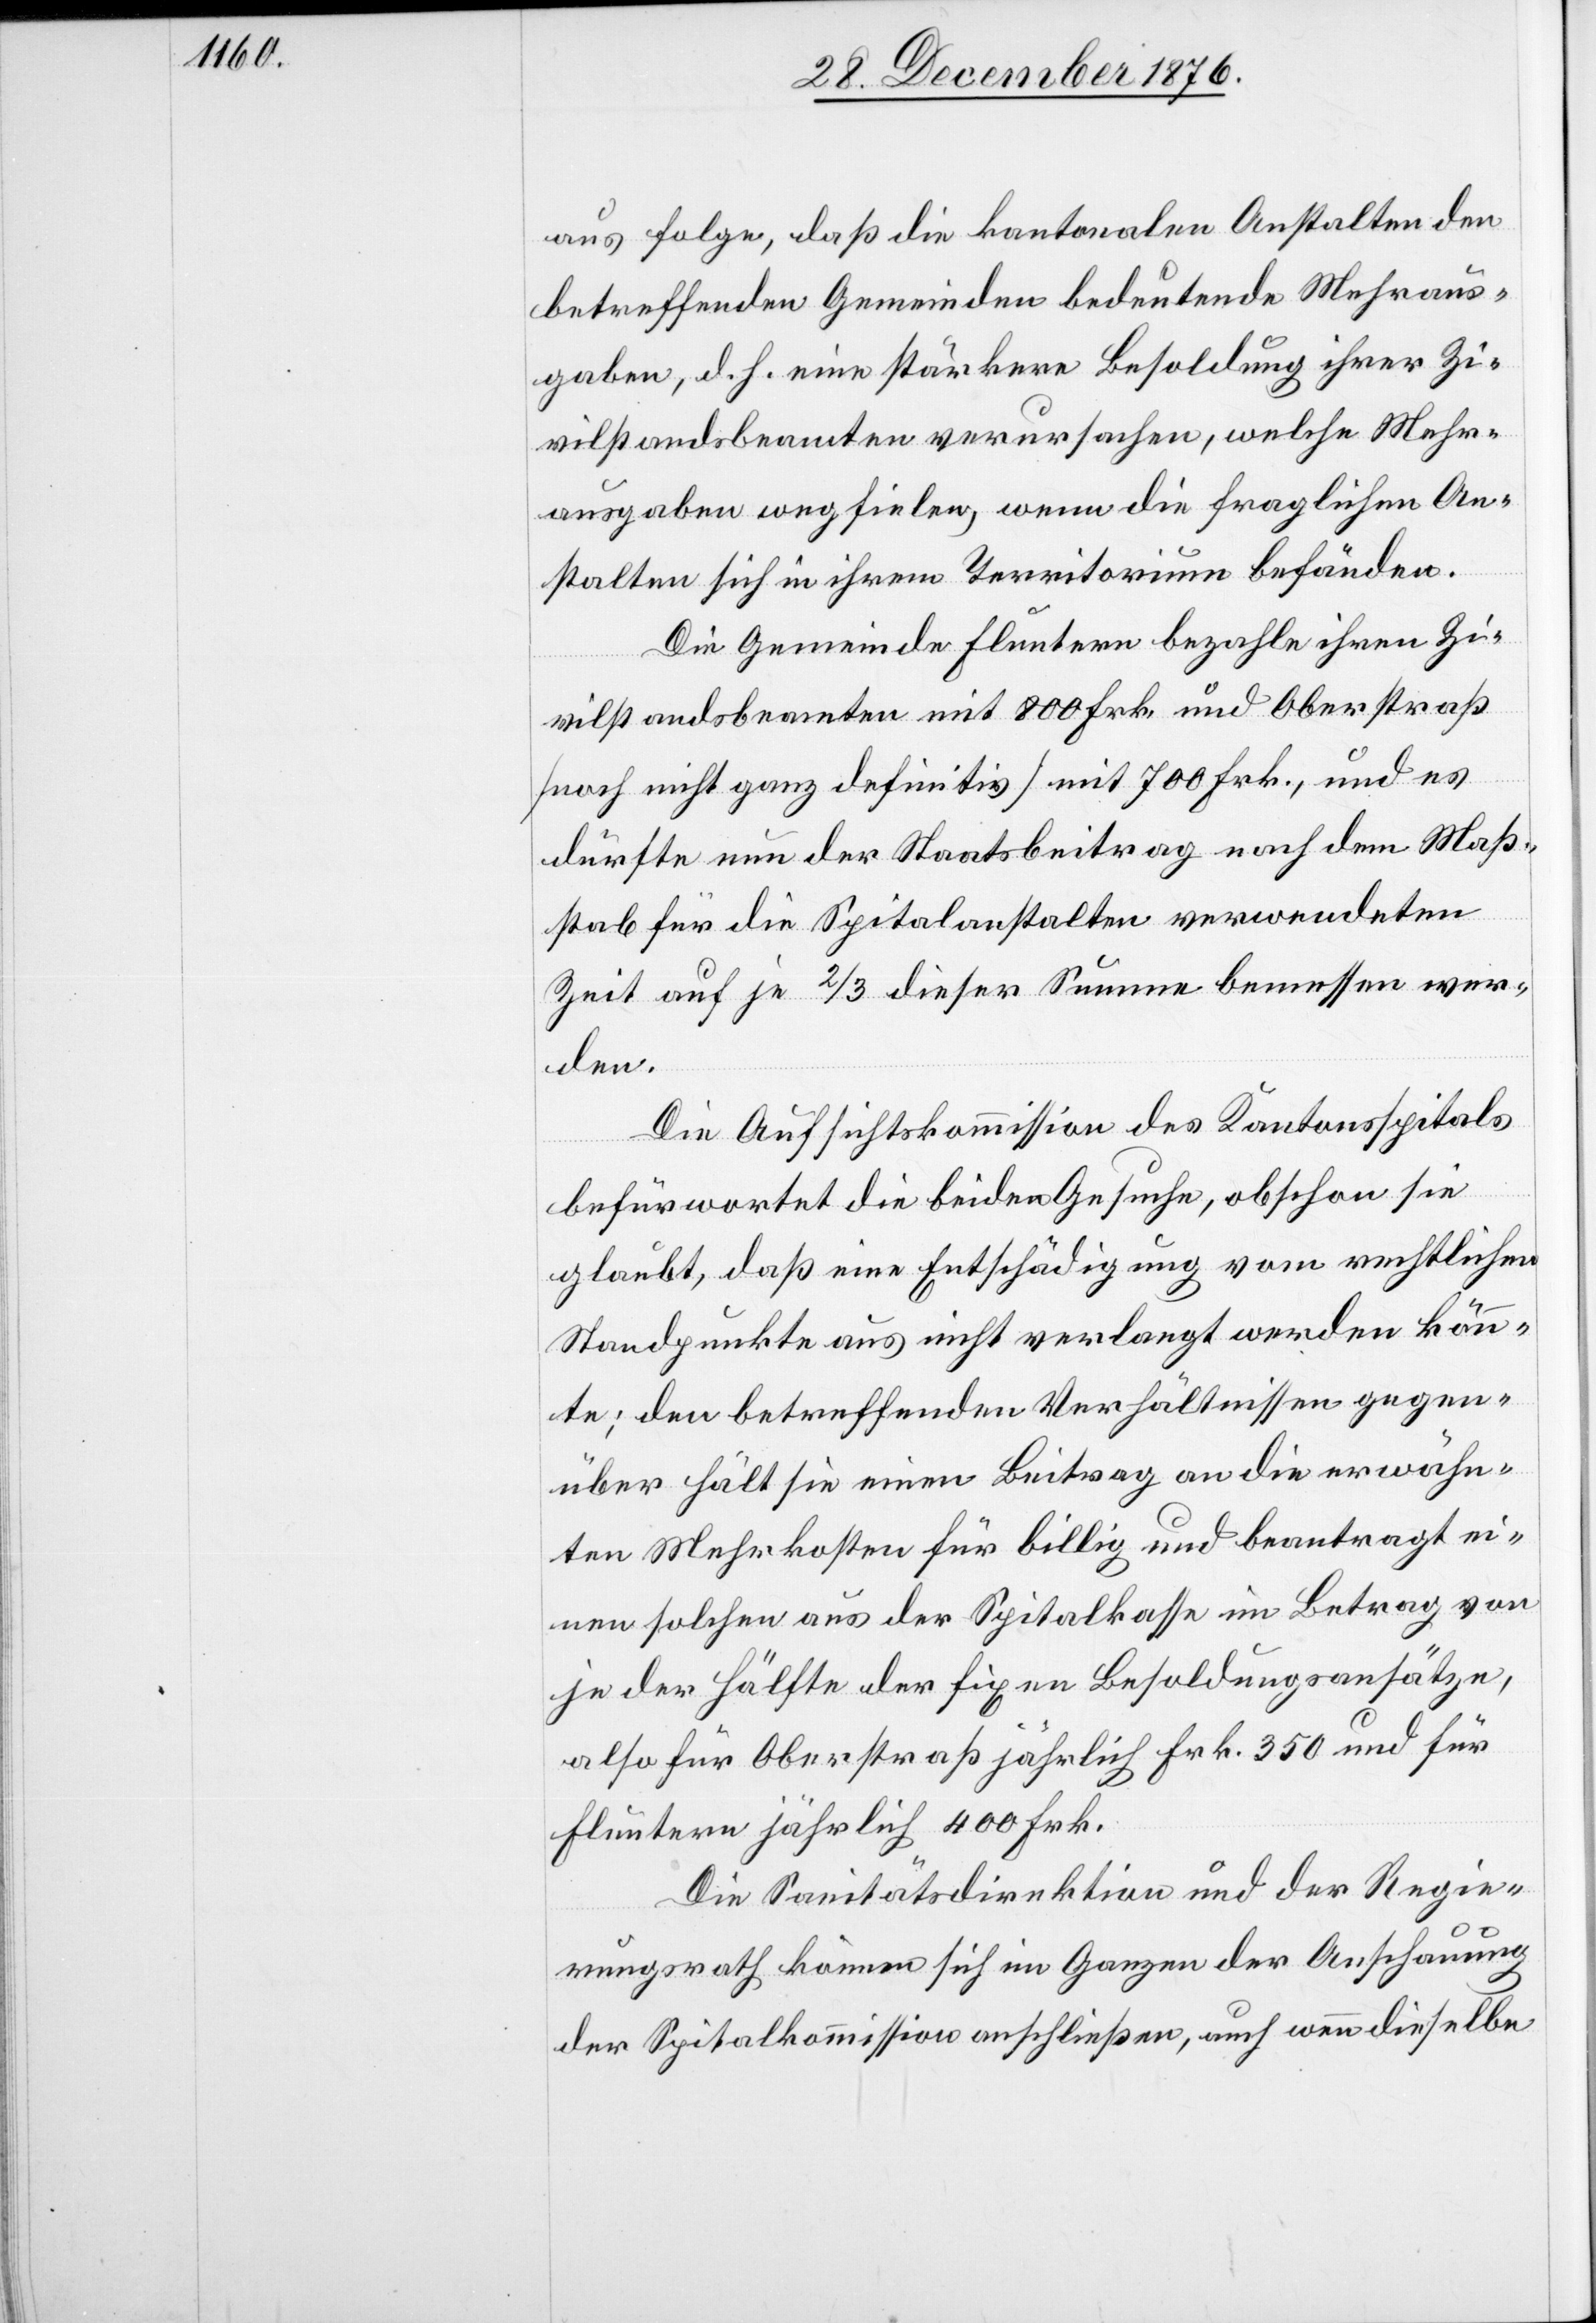
aus folge, daß die kantonalen Anstalten den
betreffenden Gemeinden bedeutende Mehraus¬
gaben, d. h. eine stärkere Besoldung ihrer Zi¬
vilstandsbeamten verursachen, welche Mehr¬
ausgaben wegfielen, wenn die fraglichen An¬
stalten sich in ihrem Territorium befänden.
Die Gemeinde Fluntern bezahle ihren Zi¬
vilstandsbeamten mit 800 Frk. und Oberstraß
[noch nicht ganz definitiv] mit 700 Frk., und es
dürfte nun der Staatsbeitrag nach dem Maß¬
Zeit
stab für die Spitalanstalten verwendeten
[sic!] auf je 2/3 dieser Summe bemessen wer¬
den.
Die Aufsichtskommission des Kantonsspitals
befürwortet die beiden Gesuche, obschon sie
glaubt, daß eine Entschädigung vom rechtlichen
Standpunkte aus nicht verlangt werden könn¬
te; den betreffenden Verhältnissen gegen¬
über hält sie einen Beitrag an die erwähn¬
ten Mehrkosten für billig und beantragt ei¬
nen solchen aus der Spitalkasse im Betrag von
je der Hälfte der fixen Besoldungsansätze,
also für Oberstraß jährlich Frk. 350 und für
Fluntern jährlich 400 Frk.
Die Sanitätsdirektion und der Regie¬
rungsrath können sich im Ganzen der Anschauung
der Spitalkommission anschließen, auch wenn dieselbe